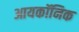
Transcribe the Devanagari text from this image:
आयकॉनिक